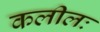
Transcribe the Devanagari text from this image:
कलीलः